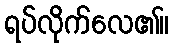
ရပ်လိုက်လေ၏။